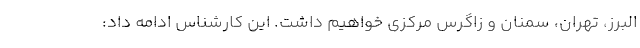
البرز، تهران، سمنان و زاگرس مرکزی خواهیم داشت. این کارشناس ادامه داد: